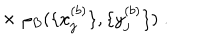
\times \; \rho _ { B } ( \{ x _ { j } ^ { ( b ) } \} , \{ y _ { j } ^ { ( b ) } \} ) \; .